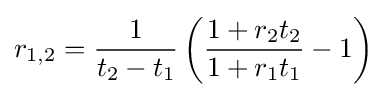
r_{1,2}={\frac {1}{t_{2}-t_{1}}}\left({\frac {1+r_{2}t_{2}}{1+r_{1}t_{1}}}-1\right)